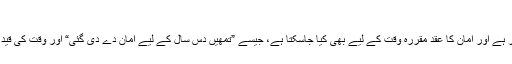
ایک ضمنی سوال
سفیر کو دیے گئے تحفظ کی بنیاد شرعاً امان کے عقد پر ہے اور امان کا عقد مقررہ وقت کے لیے بھی کیا جاسکتا ہے، جیسے ”تمھیں دس سال کے لیے امان دے دی گئی“ اور وقت کی قید کے بغیر مطلقاً بھی، جیسے ”تمھیں امان دے دی گئی“۔